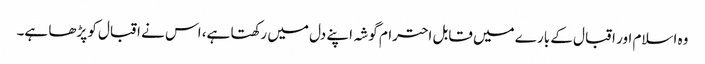
وہ اسلام اور اقبال کے بارے میں قابل احترام گوشہ اپنے دل میں رکھتا ہے، اس نے اقبال کو پڑھا ہے۔